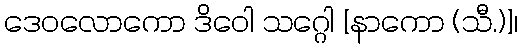
ဒေဝလောကော ဒိဝေါ သဂ္ဂေါ [နာကော (သီ.)]၊